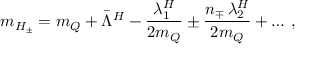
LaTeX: m _ { H _ { \pm } } = m _ { Q } + \bar { \Lambda } ^ { H } - { \frac { \lambda _ { 1 } ^ { H } } { 2 m _ { Q } } } \pm { \frac { n _ { \mp } \, \lambda _ { 2 } ^ { H } } { 2 m _ { Q } } } + \ldots \, ,